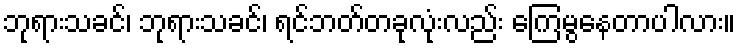
ဘုရားသခင်၊ ဘုရားသခင်၊ ရင်ဘတ်တခုလုံးလည်း ကြေမွနေတာပါလား။